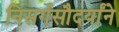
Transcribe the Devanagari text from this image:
निसर्गसौदर्यांने